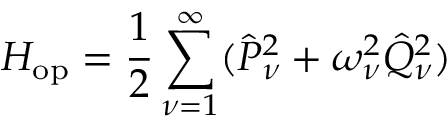
H _ { \mathrm { o p } } = \frac { 1 } { 2 } \sum _ { \nu = 1 } ^ { \infty } ( \hat { P } _ { \nu } ^ { 2 } + \omega _ { \nu } ^ { 2 } \hat { Q } _ { \nu } ^ { 2 } )